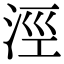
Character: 涇